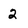
Character: 2